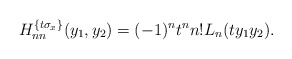
\begin{align*}H_{nn}^{\{t\sigma_x\}}(y_1,y_2)=(-1)^nt^nn!L_n(ty_1y_2).\end{align*}